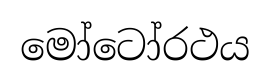
මෝටෝරථය